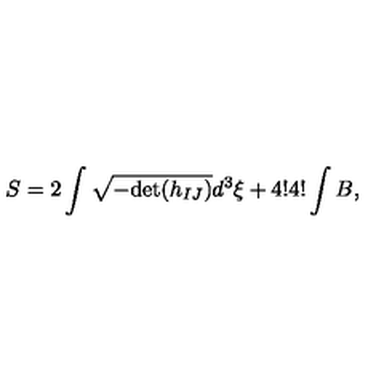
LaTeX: S = 2 \int \sqrt { - \mathrm { d e t } ( h _ { I J } ) } d ^ { 3 } \xi + 4 ! 4 ! \int B ,